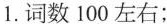
1.词数100左右；